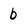
Character: b